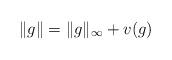
LaTeX: \begin{align*}\|g\|=\|g\|_\infty+v(g)\end{align*}